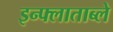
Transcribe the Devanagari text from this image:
इन्फ्लाताब्ले